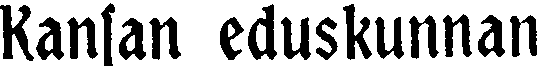
Kansan eduskunnan